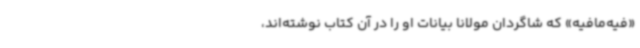
«فیه‌مافیه» که شاگردان مولانا بیانات او را در آن کتاب نوشته‌اند،